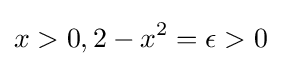
x>0,2-x^{2}=\epsilon >0